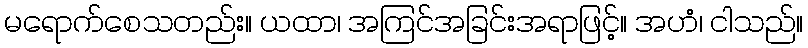
မရောက်စေသတည်း။ ယထာ၊ အကြင်အခြင်းအရာဖြင့်။ အဟံ၊ ငါသည်။